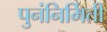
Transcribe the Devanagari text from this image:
पुनंनिर्मिती